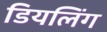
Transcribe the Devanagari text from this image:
डियलिंग